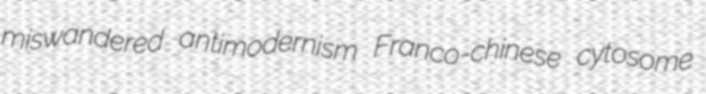
miswandered antimodernism Franco-chinese cytosome